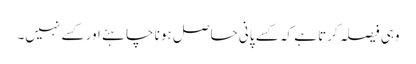
وہی فیصلہ کرتا ہے کہ کسے پانی حاصل ہونا چاہئے اور کسے نہیں۔